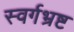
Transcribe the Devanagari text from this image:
स्वर्गभ्रष्ट